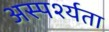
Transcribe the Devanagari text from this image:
अस्पर्श्यता